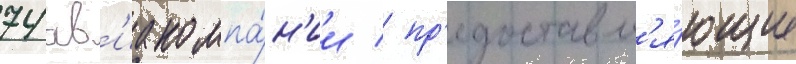
74 ав'иакомпа́н'ии / пр'едоставл'я́ющие